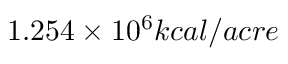
1 . 2 5 4 \times 1 0 ^ { 6 } k c a l / a c r e